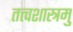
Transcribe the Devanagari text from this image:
तत्त्वशास्त्रमु